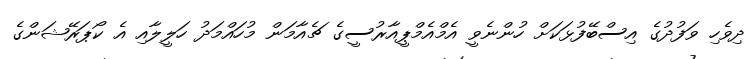
ދިވެހި ވަފުދުގެ އިސްބޭފުޅަކަށް ހުންނެވީ އެމްއެމްޕީއާރުސީގެ ޗެއާމަން މުހައްމަދު ހަލީލާއި އެ ކޯޕަރޭޝަންގެ